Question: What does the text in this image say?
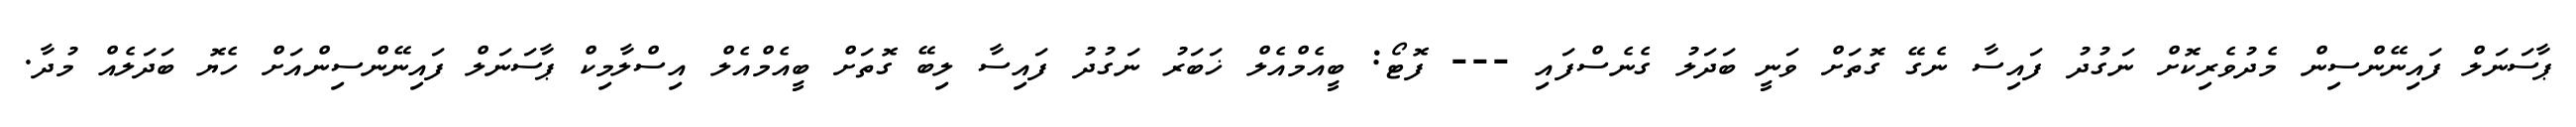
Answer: ޕާސަނަލް ފައިނޭންސިން މެދުވެރިކޮށް ނަގުދު ފައިސާ ނެގޭ ގޮތަށް ވަނީ ބަދަލު ގެނެސްފައި --- ފޮޓޯ: ބީއެމްއެލް ޚަބަރު ނަގުދު ފައިސާ ލިބޭ ގޮތަށް ބީއެމްއެލް އިސްލާމިކް ޕާސަނަލް ފައިނޭންސިންއަށް ހެޔޮ ބަދަލެއް މުދާ.